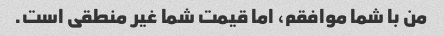
من با شما موافقم، اما قیمت شما غیر منطقی است.